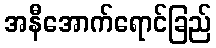
အနီအောက်ရောင်ခြည်